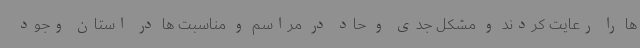
ها را رعایت کردند و مشکل جدی و حاد در مراسم و مناسبت ها در استان وجود